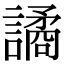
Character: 譎